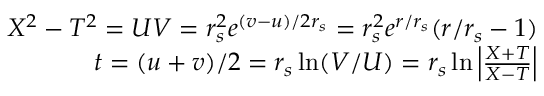
\begin{array} { r } { X ^ { 2 } - T ^ { 2 } = U V = r _ { s } ^ { 2 } e ^ { ( v - u ) / 2 r _ { s } } = r _ { s } ^ { 2 } e ^ { r / r _ { s } } ( r / r _ { s } - 1 ) } \\ { t = ( u + v ) / 2 = r _ { s } \ln ( V / U ) = r _ { s } \ln \left| \frac { X + T } { X - T } \right| } \end{array}